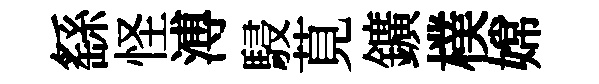
繇怪溥駸莧鑛樸嫦